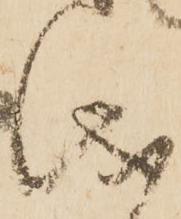
儀